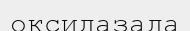
оксидазада